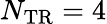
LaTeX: N_{\mathrm{{TR}}}=4